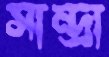
সান্দ্রা